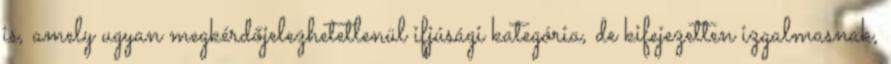
is, amely ugyan megkérdőjelezhetetlenül ifjúsági kategória, de kifejezetten izgalmasnak,